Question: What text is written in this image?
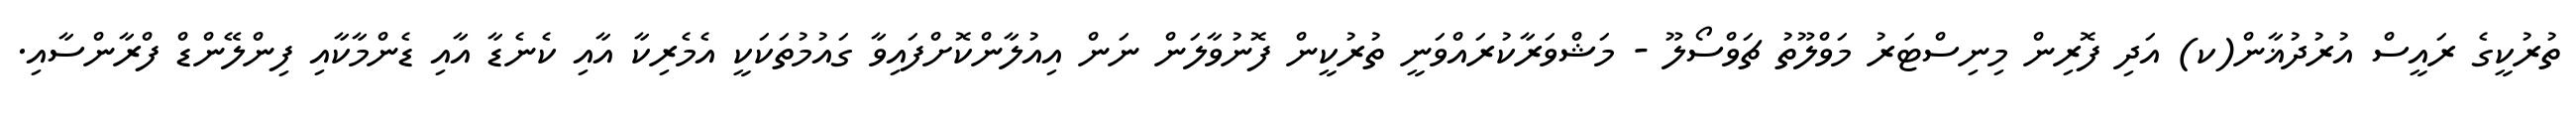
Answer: ތުރުކީގެ ރައީސް އުރުދުޣާން(ކ) އަދި ފޮރިން މިނިސްޓަރު މަވްލޫތު ޗަވްސޯލޫ - މަޝްވަރާކުރައްވަނީ ތުރުކީން ފޮނުވާލަން ނަން އިއުލާންކޮށްފައިވާ ގައުމުތަކަކީ އެމެރިކާ އާއި ކެނެޑާ އާއި ޑެންމާކާއި ފިންލޭންޑް ފްރާންސާއި.